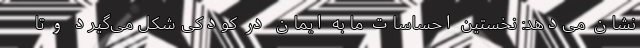
نشان می‌دهد: نخستین احساسات ما به ایمان در کودکی شکل می‌گیرد و تا